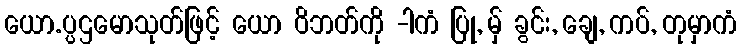
ယော.ပ္ပဌမောသုတ်ဖြင့် ယော ဝိဘတ်ကို -ါကံ ပြု, မ်ှ ခွင်း, ချေ, ကပ်, တုမှာကံ